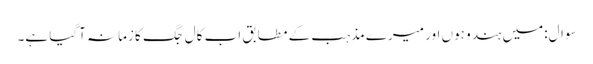
سوال:میں ہندو ہوں اور میرے مذہب کے مطابق اب کال جگ کا زمانہ آگیا ہے۔